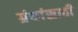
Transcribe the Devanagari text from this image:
ग्रंथांसाठी